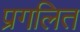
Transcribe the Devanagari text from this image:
प्रगलित